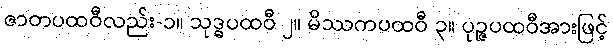
ဇာတပထဝီလည်း-၁။ သုဒ္ဓပထဝီ ၂။ မိဿကပထဝီ ၃။ ပုဉ္ဇပထဝီအားဖြင့်